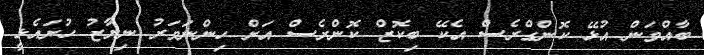
ބާއްވަން އުޅޭ ކޮންގްރެސް އެކޭ ބިކޮޒް ކޮންރެސް އަށް ހިންނަވަރު ނިޔާޒު ހުށައެޅީ